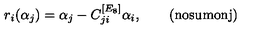
\quad r _ { i } ( \alpha _ { j } ) = \alpha _ { j } - C _ { j i } ^ { [ E _ { 8 } ] } \alpha _ { i } , \qquad \mathrm { ( n o s u m o n j ) }